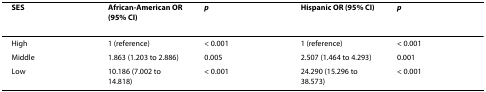
| SES | African-American OR (95% CI) | p | Hispanic OR (95% CI) | p |
 | --- | --- | --- | --- | --- |
 | High | 1 (reference) | < 0.001 | 1 (reference) | < 0.001 |
 | Middle | 1.863 (1.203 to 2.886) | 0.005 | 2.507 (1.464 to 4.293) | 0.001 |
 | Low | 10.186 (7.002 to 14.818) | < 0.001 | 24.290 (15.296 to 38.573) | < 0.001 |